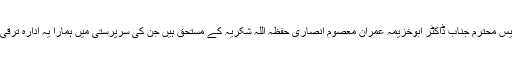
آخر میں ادارے کے رئیس محترم جناب ڈاکٹر ابوخزیمہ عمران معصوم انصاری حفظہ اللہ شکریہ کے مستحق ہیں جن کی سرپرستی میں ہمارا یہ ادارہ ترقی کی راہ پر گامزن ہے ۔